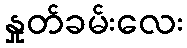
နှုတ်ခမ်းလေး